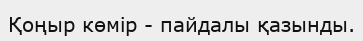
Қоңыр көмір - пайдалы қазынды.